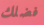
فضلك